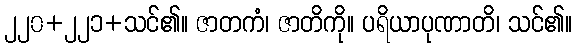
၂၂၀+၂၂၁+သင်၏။ ဇာတကံ၊ ဇာတိကို။ ပရိယာပုဏာတိ၊ သင်၏။